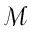
\mathcal { M }